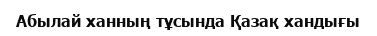
Абылай ханның тұсында Қазақ хандығы